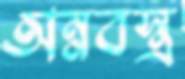
অন্নবস্ত্র